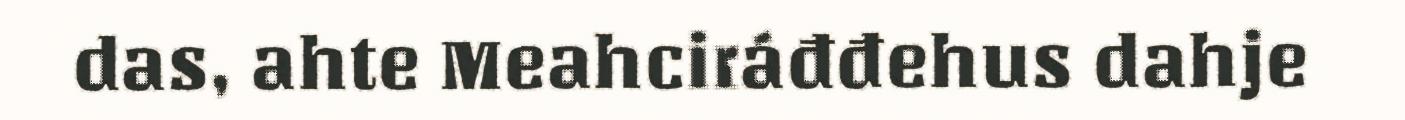
das, ahte Meahciráđđehus dahje